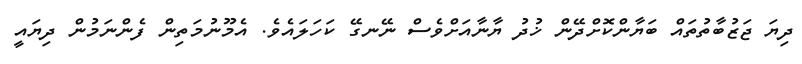
ދިޔަ ޖަޒުބާތުތައް ބަޔާންކޮށްދޭން ޚުދު ޔާނާއަށްވެސް ނޭނގޭ ކަހަލައެވެ. އެމޫނުމަތިން ފެންނަމުން ދިޔައީ